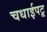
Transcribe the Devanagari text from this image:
चधाईपटू